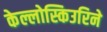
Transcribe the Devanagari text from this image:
केल्लोस्किउरिने